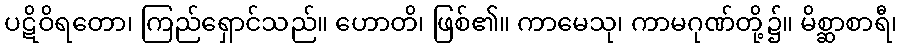
ပဋိဝိရတော၊ ကြည်ရှောင်သည်။ ဟောတိ၊ ဖြစ်၏။ ကာမေသု၊ ကာမဂုဏ်တို့၌။ မိစ္ဆာစာရီ၊